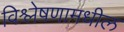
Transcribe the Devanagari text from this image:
विश्लेषणामधील